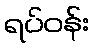
ရပ်ဝန်း